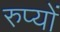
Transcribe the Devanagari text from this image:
रुप्यों